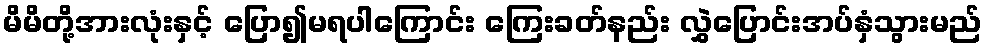
မိမိတို့အားလုံးနှင့် ပြော၍မရပါကြောင်း ကြေးခတ်နည်း လွှဲပြောင်းအပ်နှံသွားမည်